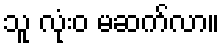
သူ လုံးဝ မဆက်လာ။